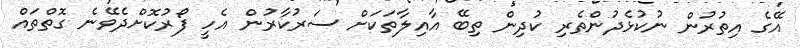
އޭގެ އިތުރުން ނުކުޅެދުންތެރި ކުދިން ތިބޭ އާއިލާތަކަށް ސަރުކާރުން އެހީ ފޯރުކޮށްދެވޭނެ ގޮތްތައް